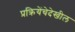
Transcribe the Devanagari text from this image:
प्रक्रियेंचेदेखील